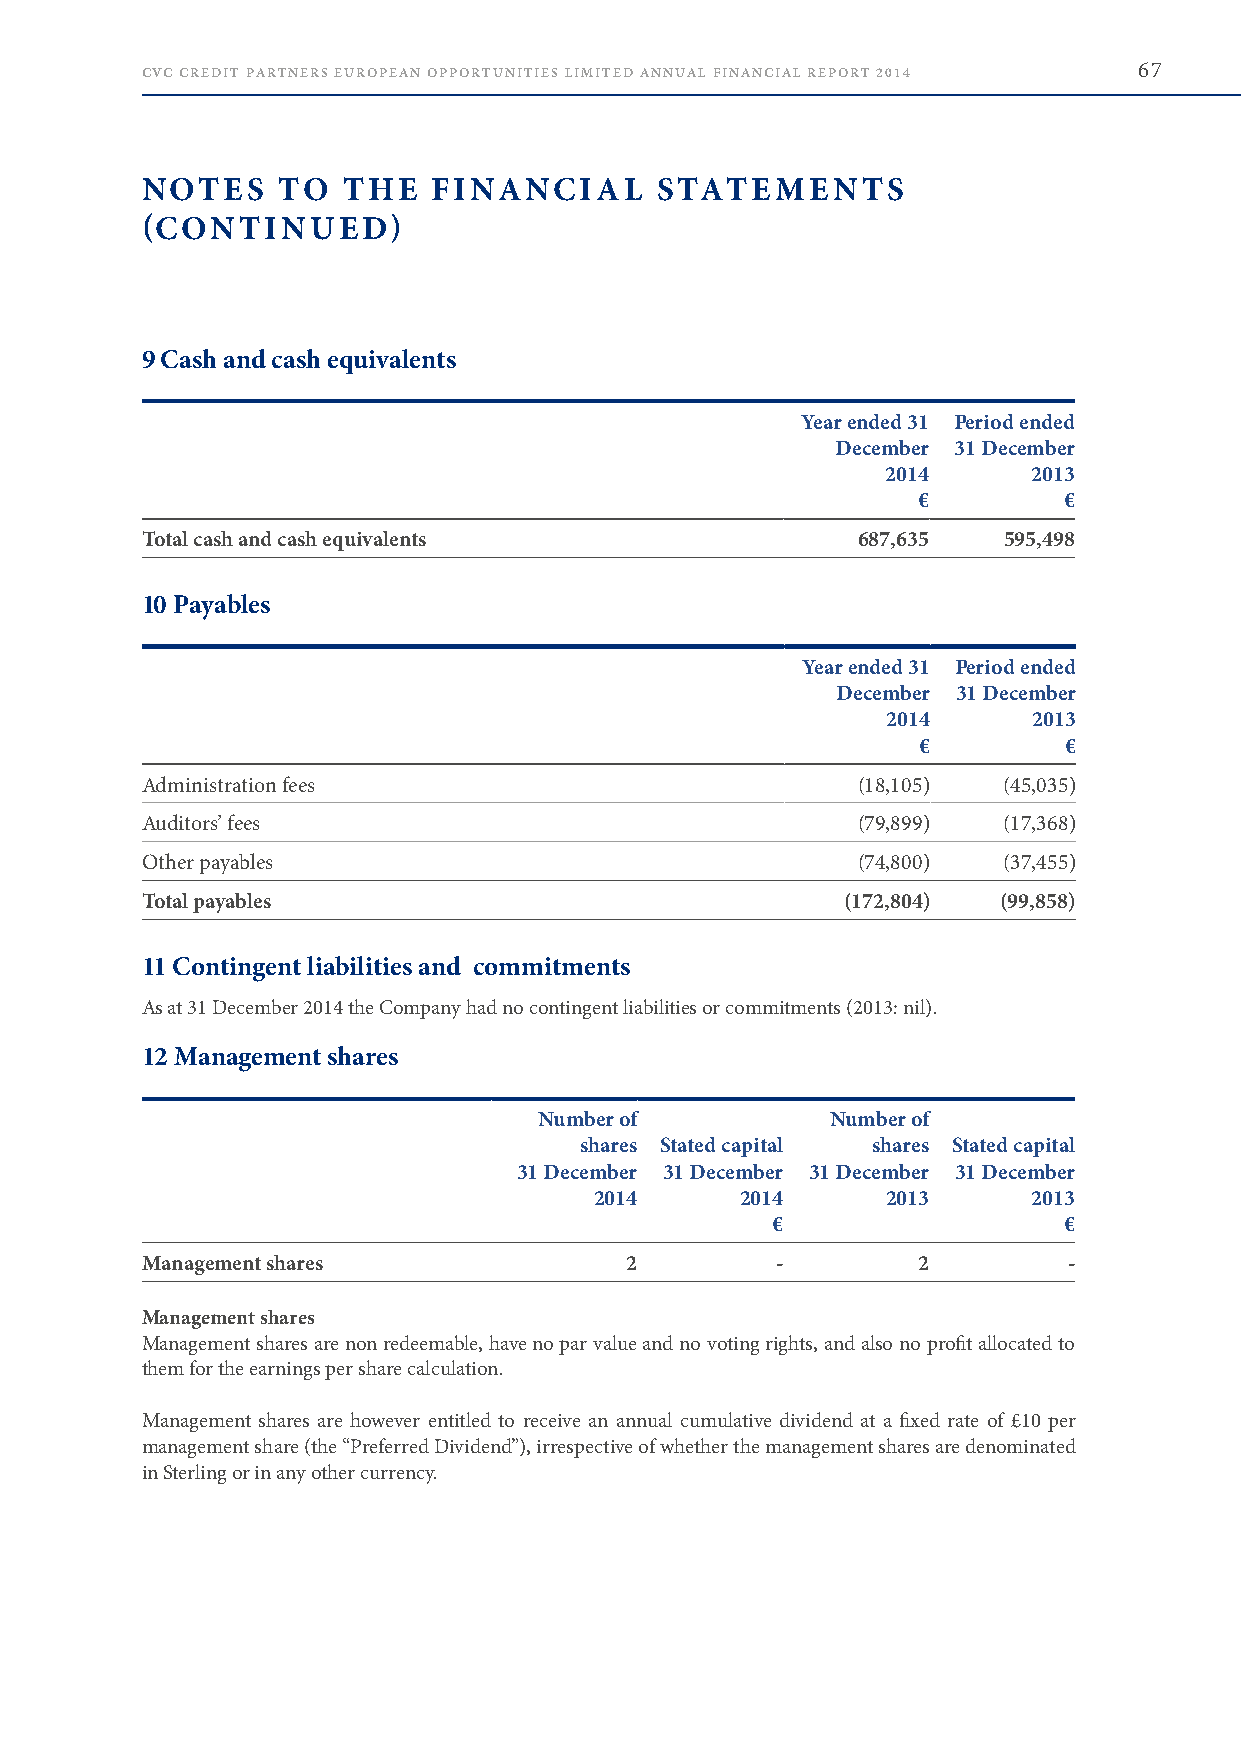
CVC CREDIT PARTNERS EUROPEAN OPPORTUNITIES LIMITED ANNUAL FINANCIAL REPORT 2014 67
 NOTES    TO   THE   FINANCIAL     STATEMENTS
 (CONTINUED)
 9 Cash and cash equivalents
 Year ended 31 Period ended
 December 31 December
 2014     2013
 €        €
 Total cash and cash equivalents                 687,635  595,498
 10 Payables
 Year ended 31 Period ended
 December 31 December
 2014     2013
 €        €
 Administration fees                             (18,105) (45,035)
 Auditors’ fees                                  (79,899) (17,368)
 Other payables                                  (74,800) (37,455)
 Total payables                                 (172,804) (99,858)
 11 Contingent liabilities and commitments
 As at 31 December 2014 the Company had no contingent liabilities or commitments (2013: nil) .
 12 Management shares
 Number of          Number of
 shares Stated capital shares Stated capital
 31 December 31 December 31 December 31 December
 2014      2014      2013     2013
 €                  €
 Management shares               2         -         2         -
 Management shares
 Management shares are non redeemable, have no par value and no voting rights, and also no profit allocated to
 them for the earnings per share calculation .
 Management shares are however entitled to receive an annual cumulative dividend at a fixed rate of £10 per
 management share (the “Preferred Dividend”), irrespective of whether the management shares are denominated
 in Sterling or in any other currency .